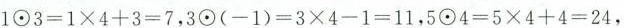
$$1 ⊙ 3 = 1 \times 4 + 3 = 7$$，$$3 ⊙ ( - 1 ) = 3 \times 4 - 1 = 1 1$$，$$5 ⊙ 4 = 5 \times 4 + 4 = 2 4$$，